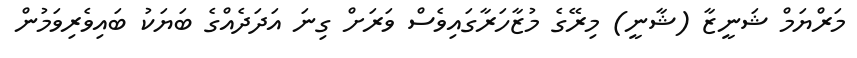
މަރްޔަމް ޝަނީޒާ (ޝާނީ) މިރޭގެ މުޒާހަރާގައިވެސް ވަރަށް ގިނަ އަދަދެއްގެ ބަޔަކު ބައިވެރިވަމުން